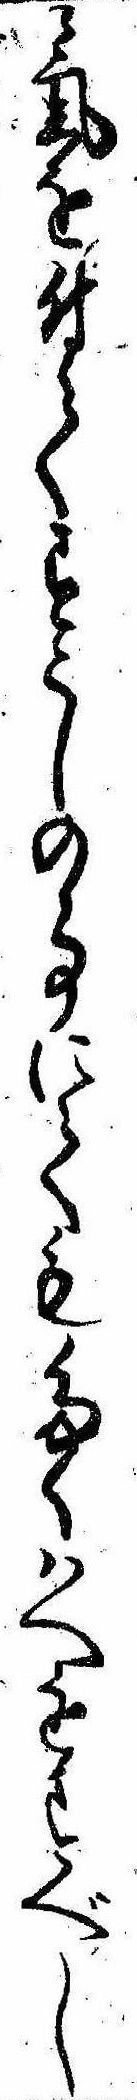
気を付てすこしの事にてもたくはへをすべし